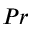
P r